Local science and art examinations and technological examinations, 1910, 1910
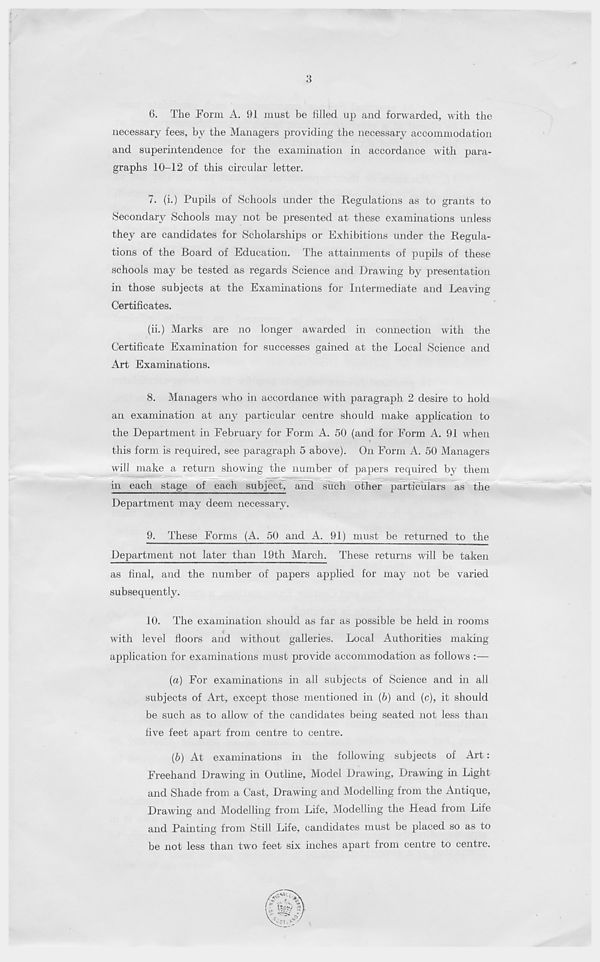
3
6. The Form A. 91 must be filled up and forwarded, with the
necessary fees, by the Managers providing the necessary accommodation
and superintendence for the examination in accordance with para-
graphs 10-12 of this circular letter.
7. (i.) Pupils of Schools under the Regulations as to grants to
Secondary Schools may not be presented at these examinations unless
they are candidates for Scholarships or Exhibitions under the Regula-
tions of the Board of Education. The attainments of pupils of these
schools may be tested as regards Science and Drawing by presentation
in those subjects at the Examinations for Intermediate and Leaving
Certificates.
(ii.) Marks are no longer awarded in connection with the
Certificate Examination for successes gained at the Local Science and
Art Examinations.
8. Managers who in accordance with paragraph 2 desire to hold
an examination at any particular centre should make application to
the Department in February for Form A. 50 (and for Form A. 91 when
this form is required, see paragraph 5 above). On Form A. 50 Managers
will make a return showing the number of papers required by them
in each stage of each subject, and such other particulars as the
Department may deem necessary.
9. These Forms (A. 50 and A. 91) must be returned to the
Department not later than 19th March. These returns will be taken
as final, and the number of papers applied for may not be varied
subsequently.
10. The examination should as far as possible be held in rooms
with level floors and without galleries. Local Authorities making
application for examinations must provide accommodation as follows :—
(а) For examinations in all subjects of Science and in all
subjects of Art, except those mentioned in (b) and (c), it should
be such as to allow of the candidates being seated not less than
five feet apart from centre to centre.
(б) At examinations in the following subjects of Art:
Freehand Drawing in Outline, Model Drawing, Drawing in Light
and Shade from a Cast, Drawing and Modelling from the Antique,
Drawing and Modelling from Life, Modelling the Head from Life
and Painting from Still Life, candidates must be placed so as to
be not less than two feet six inches apart from centre to centre.